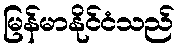
မြန်မာနိုင်ငံသည်